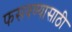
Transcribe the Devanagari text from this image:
फसवण्यासाठी